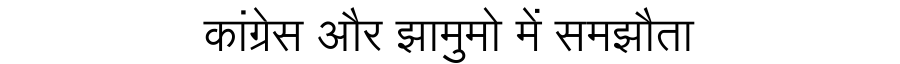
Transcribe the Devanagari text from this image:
कांग्रेस और झामुमो में समझौता